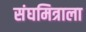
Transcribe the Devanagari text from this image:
संघमित्राला